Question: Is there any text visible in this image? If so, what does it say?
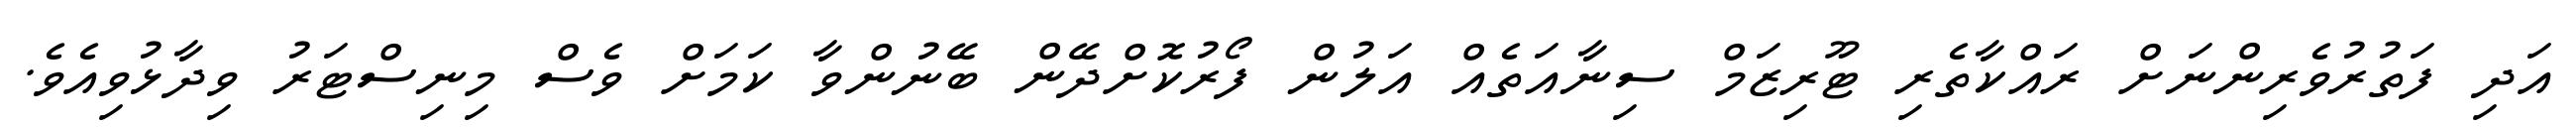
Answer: އަދި ފަތުރުވެރިންނަށް ރައްކާތެރި ޓޫރިޒަމް ސިނާއަތެއް އަލުން ފޯރުކޮށްދޭން ބޭނުންވާ ކަމަށް ވެސް މިނިސްޓަރު ވިދާޅުވިއެވެ.